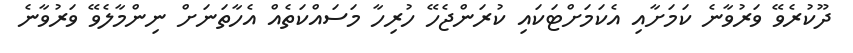
ދޫކުރެވޭ ވަރުވާނެ ކަމަށާއި އެކަމަށްޓަކައި ކުރަންޖެހޭ ހުރިހާ މަސައްކަތެއް އެހާތަނަށް ނިންމާލެވޭ ވަރުވާނެ